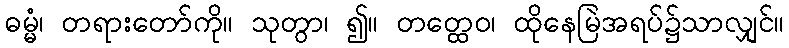
ဓမ္မံ၊ တရားတော်ကို။ သုတွာ၊ ၍။ တတ္ထေဝ၊ ထိုနေမြဲအရပ်၌သာလျှင်။